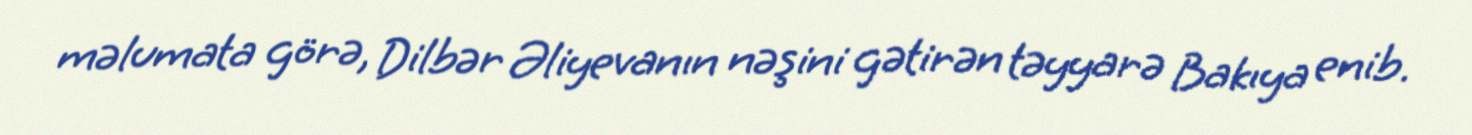
məlumata görə, Dilbər Əliyevanın nəşini gətirən təyyarə Bakıya enib.